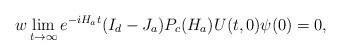
LaTeX: \begin{align*}w\lim\limits_{t \to \infty}e^{-iH_at} (I_d-J_a)P_c(H_a)U(t,0)\psi(0)=0,\end{align*}